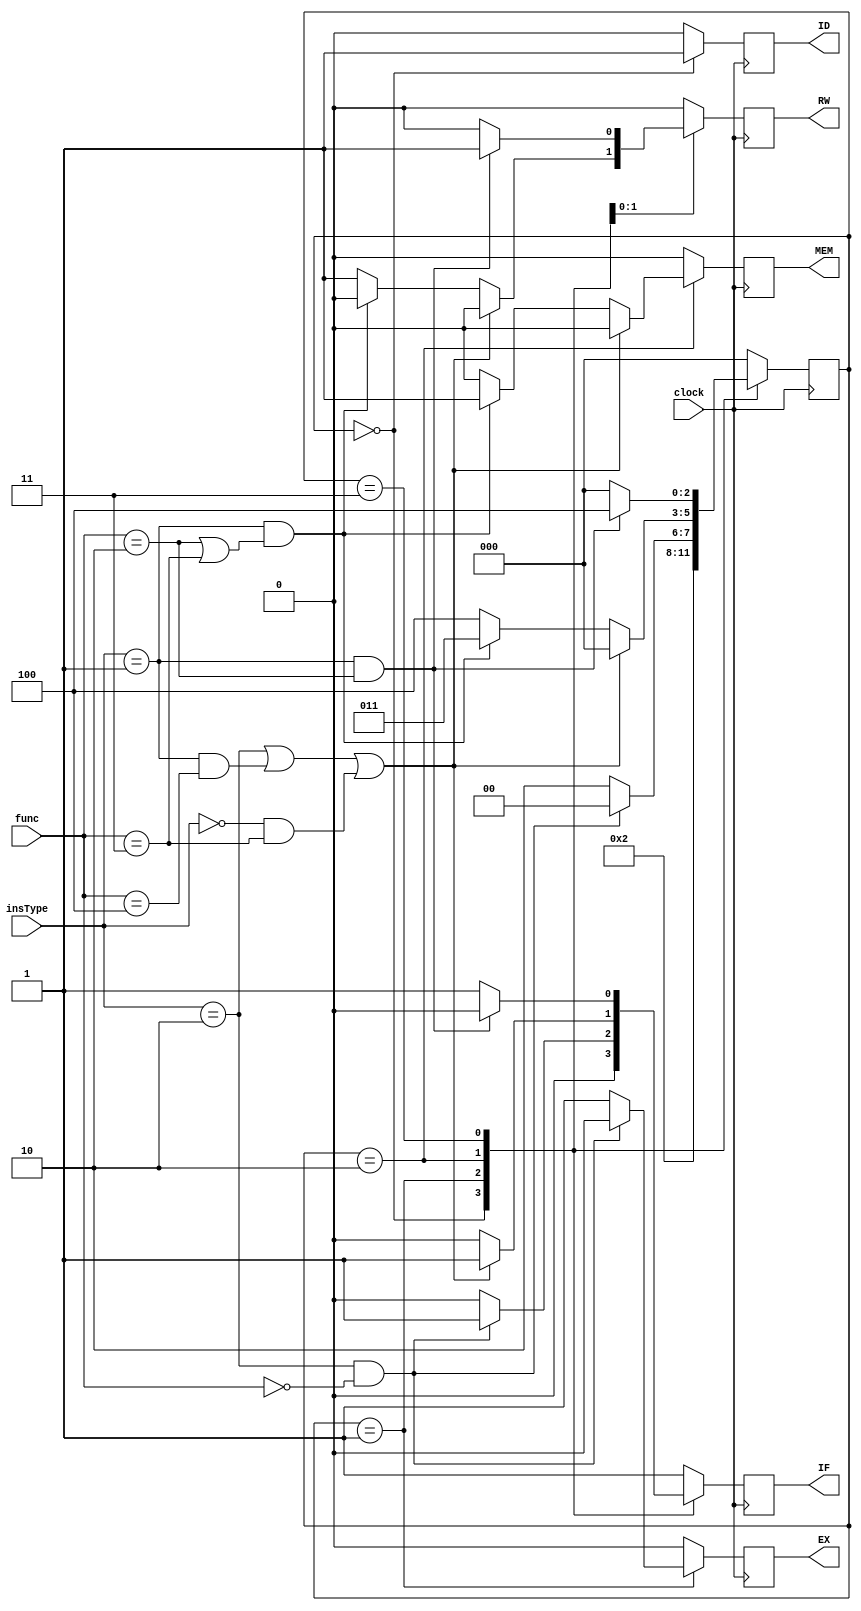
module clkOrganizer(
	input clock,
	input wire [4:0] func,
	input wire [1:0] insType,
	output reg IF,
	output reg ID,
	output reg EX,
	output reg MEM,
	output reg RW
);

reg [2:0] state;

always @(posedge clock) begin
	
	case(state)
	
		3'b000: begin
			state<=001;
			IF<=0;
			ID<=1;
			EX<=0;
			MEM<=0;
			RW<=0;
		end
		
		3'b001: begin
			if(insType == 2'b10 && func == 5'b00000)begin
				state<=000;
				IF<=1;
				ID<=0;
				EX<=0;
				MEM<=0;
				RW<=0;
			end
			else begin
				state<=010;
				IF<=0;
				ID<=0;
				EX<=1;
				MEM<=0;
				RW<=0;
			end
		end
		
		3'b010: begin
			if(insType == 2'b10 || (insType == 2'b01 && func == 5'b00100) || (insType == 2'b00 && func == 5'b00011)) begin
				state<=000;
				IF<=1;
				ID<=0;
				EX<=0;
				MEM<=0;
				RW<=0;
			end
			else if(insType== 2'b01 && (func == 5'b00010 || func == 5'b00011))begin
				state<=011;
				IF<=0;
				ID<=0;
				EX<=0;
				MEM<=1;
				RW<=0;
			end
			else begin
				state<=100;
				IF<=0;
				ID<=0;
				EX<=0;
				MEM<=0;
				RW<=1;
			end
		end
		
		3'b011: begin
			if(insType==2'b01 && func==5'b00010) begin
				state<=100;
				IF<=0;
				ID<=0;
				EX<=0;
				MEM<=0;
				RW<=1;
			end
			else begin
				state<=000;
				IF<=1;
				ID<=0;
				EX<=0;
				MEM<=0;
				RW<=0;
			end
		end
		
		default: begin
			state<=000;
			IF<=1;
			ID<=0;
			EX<=0;
			MEM<=0;
			RW<=0;
		end
		
		
	endcase
	
end 

initial begin

	state <= 3'b111;

end

endmodule